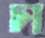
চা